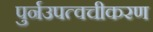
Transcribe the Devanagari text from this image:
पुर्नउपत्वचीकरण